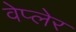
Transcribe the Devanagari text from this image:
वेप्लेर